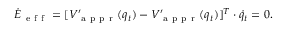
\dot { E } _ { \mathrm { ~ e ~ f ~ f ~ } } = [ V _ { \mathrm { ~ a ~ p ~ p ~ r ~ } } ^ { \prime } ( q _ { t } ) - V _ { \mathrm { ~ a ~ p ~ p ~ r ~ } } ^ { \prime } ( q _ { t } ) ] ^ { T } \cdot \dot { q } _ { t } = 0 .